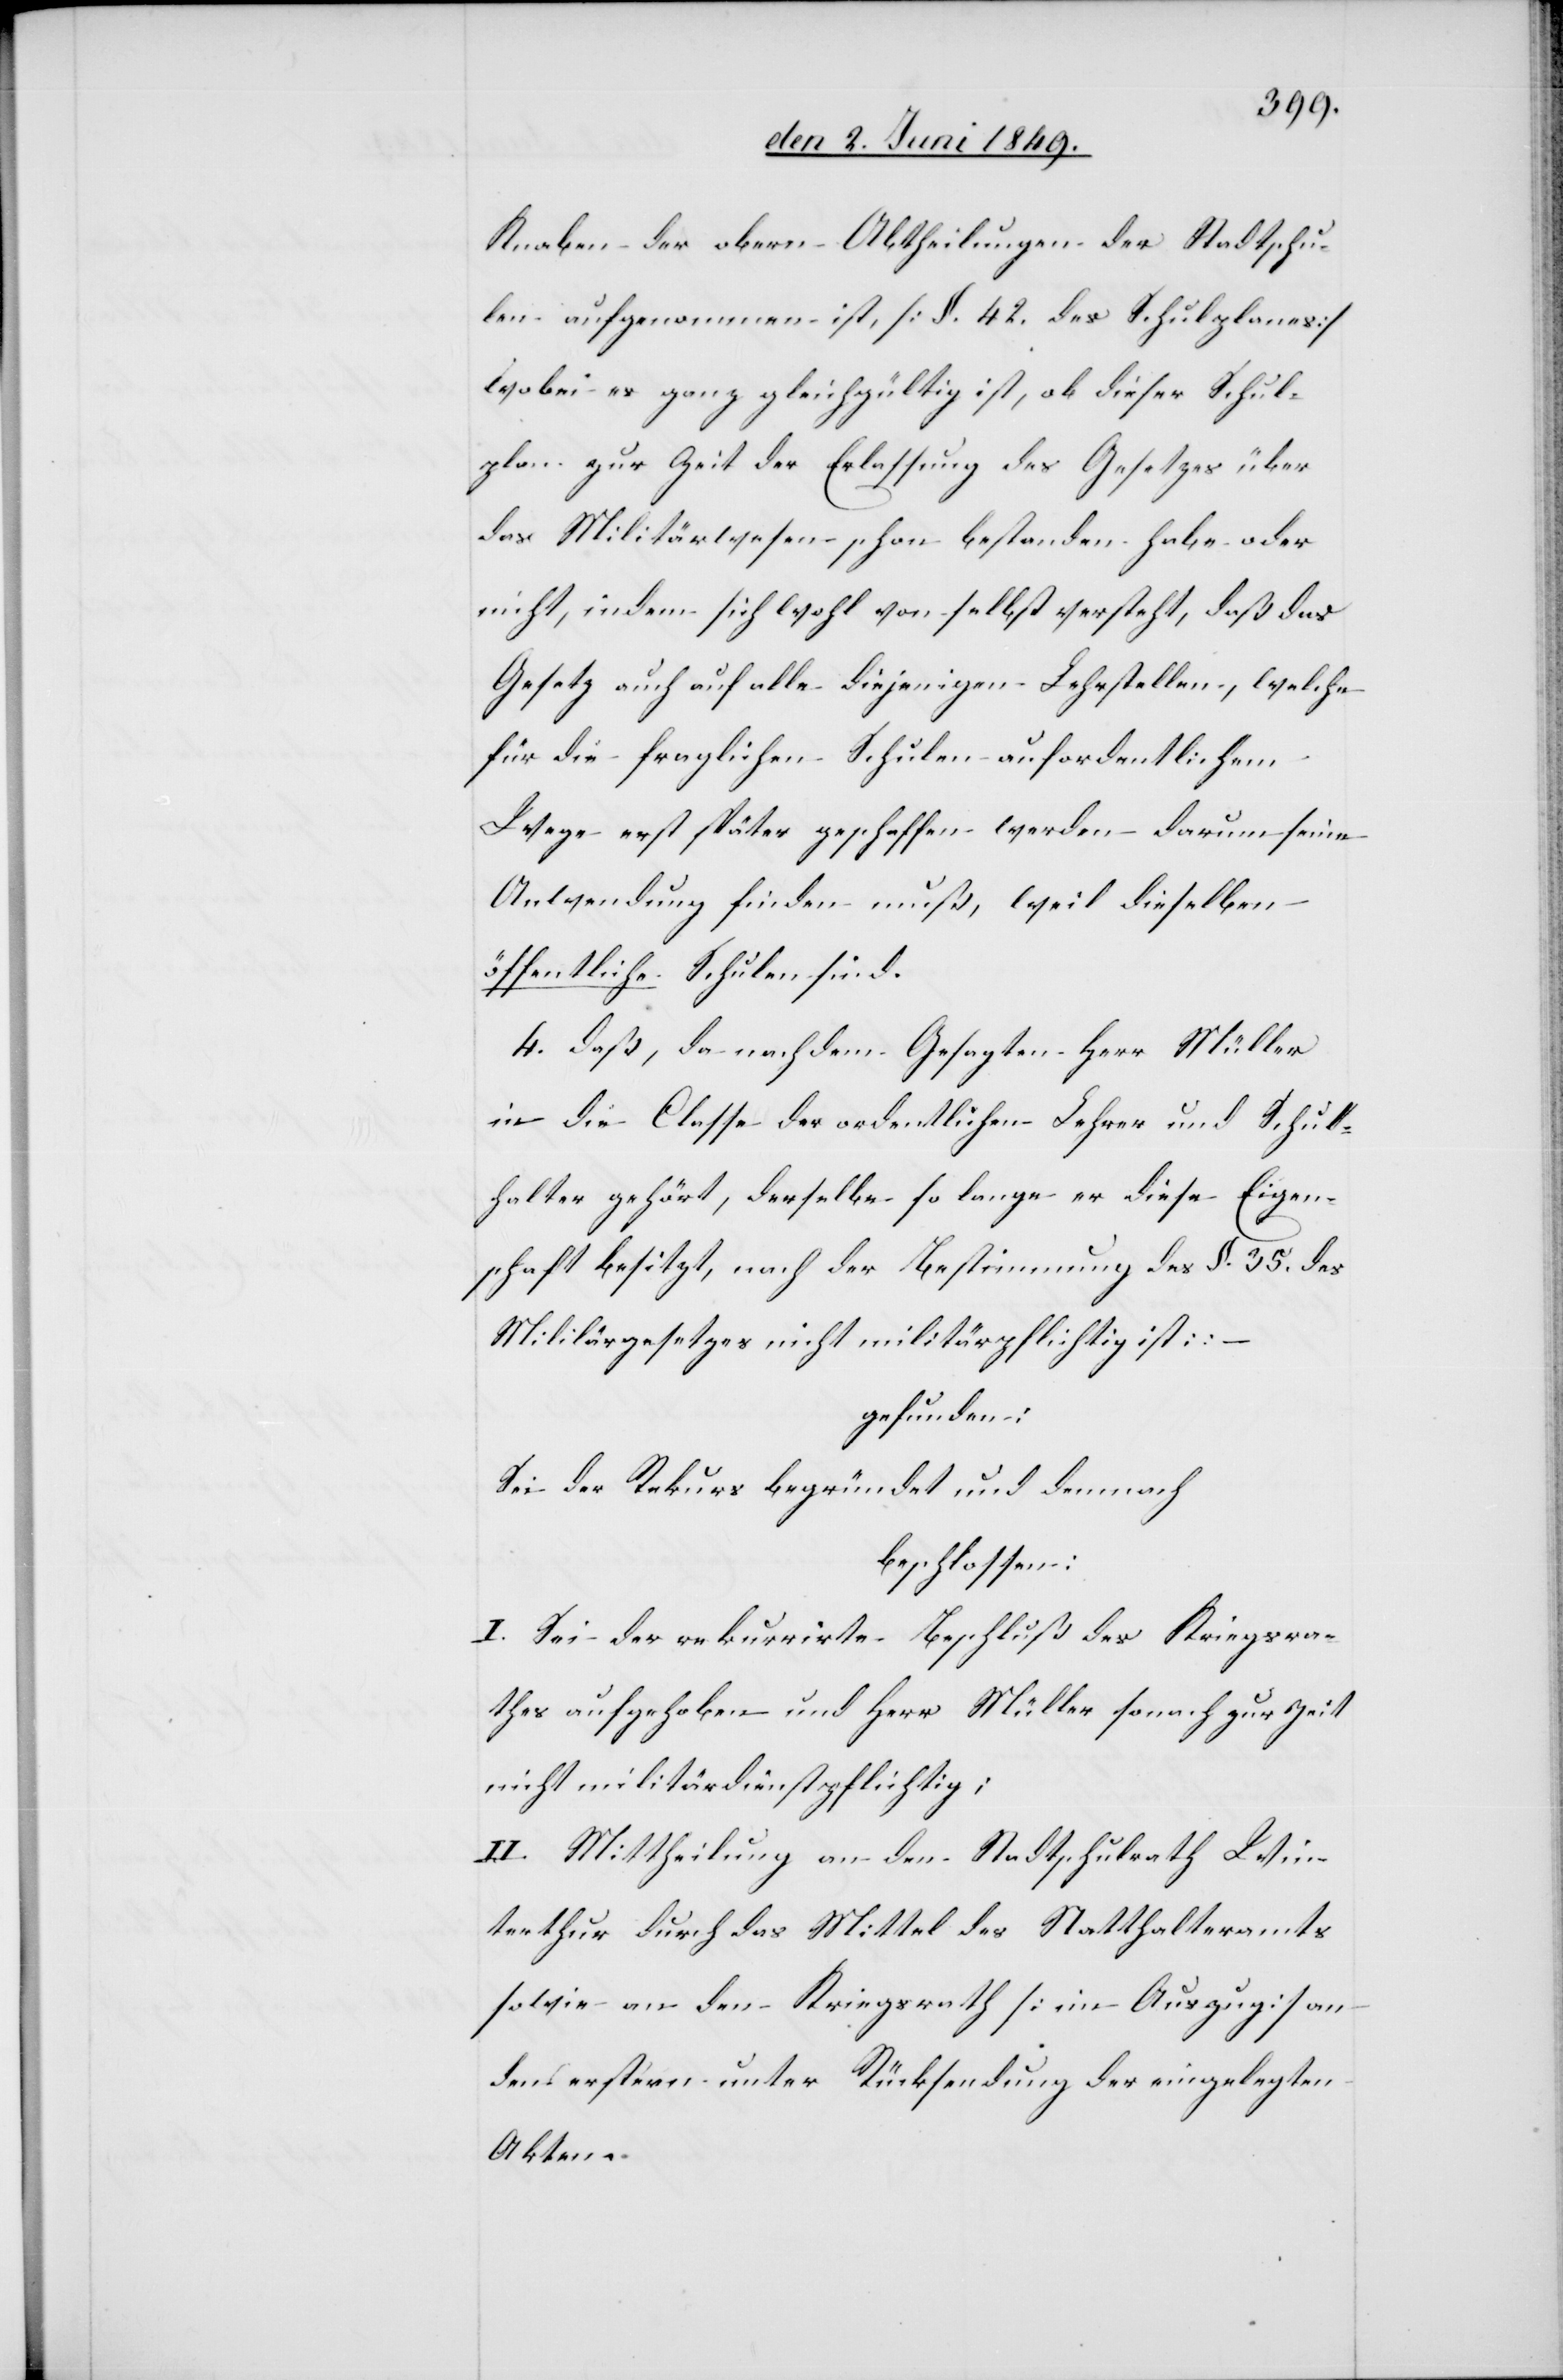
Knaben der obern Abtheilungen der Stadtschu¬
len aufgenommen ist, [§. 42. des Schulplanes]
wobei es ganz gleichgültig ist, ob dieser Schul¬
plan zur Zeit der Erlassung des Gesetzes über
das Militärwesen schon bestanden habe oder
nicht, indem sich wohl von selbst versteht, daß das
Gesetz auch auf alle diejenigen Lehrstellen, welche
für die fraglichen Schulen auf ordentlichem
Wege erst später geschaffen werden – darum seine
Anwendung finden muß, weil dieselben
öffentliche Schulen sind.
4. daß, da nach dem Gesagten Herr Müller
in die Classe der ordentlichen Lehrer und Schul¬
halter gehört, derselbe so lange er diese Eigen¬
schaft besitzt, nach der Bestimmung des §. 35. des
Militärgesetzes nicht militärpflichtig ist: –
gefunden:
Sei der Rekurs begründet und demnach
beschlossen:
I. Sei der rekurrirte Beschluß des Kriegsra¬
thes aufgehoben und Herr Müller sonach zur Zeit
nicht militärdienstpflichtig;
II. Mittheilung an den Stadtschulrath Win¬
terthur durch das Mittel des Statthalteramts
sowie an den Kriegsrath [im Auszug] an
den erstern unter Rücksendung der eingelegten
Akten.